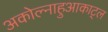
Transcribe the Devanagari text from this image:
अकोल्नाहुआकाट्ल